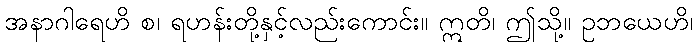
အနာဂါရေဟိ စ၊ ရဟန်းတို့နှင့်လည်းကောင်း။ ဣတိ၊ ဤသို့။ ဥဘယေဟိ၊